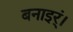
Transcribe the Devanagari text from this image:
बनाइर्ं।